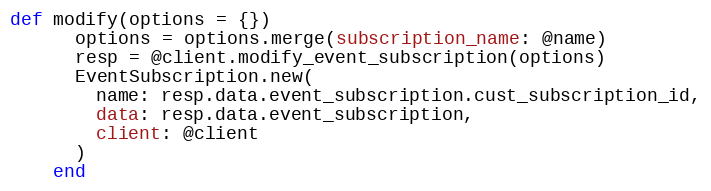
Language: Ruby
def modify(options = {})
      options = options.merge(subscription_name: @name)
      resp = @client.modify_event_subscription(options)
      EventSubscription.new(
        name: resp.data.event_subscription.cust_subscription_id,
        data: resp.data.event_subscription,
        client: @client
      )
    end